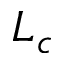
L _ { c }